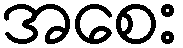
အစေး